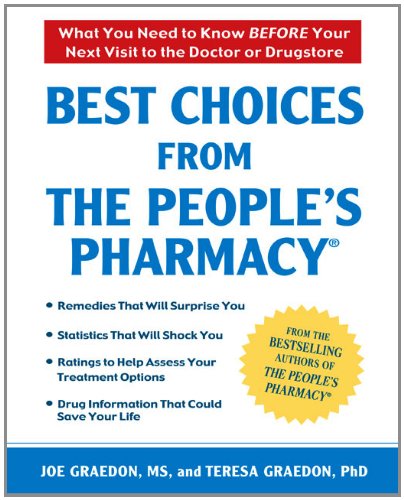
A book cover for Best Choices From the People's Pharmacy; Joe Graedon; Health, Fitness & Dieting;